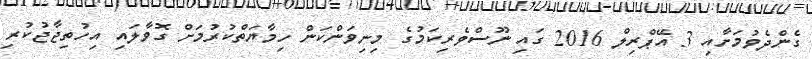
ގެެންދެވުމަށާއި 3 އޭޕްރިލް 2016 ގައި ނޫސްވެރިކަމުގެ މިނިވަންކަން ހިމާޔަތްކުރުމަށް ގޮވާލައި އިހުތިޖާޖުކުރި